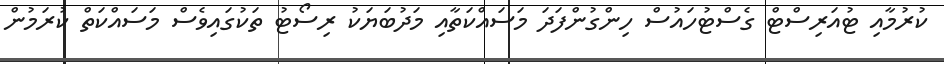
ކުރުމާއި ޓުއަރިސްޓް ގެސްޓުހައުސް ހިންގުންފަދަ މަސައްކަތާއި މަދުބަޔަކު ރިސޯޓު ތަކުގައިވެސް މަސައްކަތް ކުރަމުން